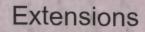
Extensions